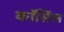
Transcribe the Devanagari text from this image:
कॉसिंल